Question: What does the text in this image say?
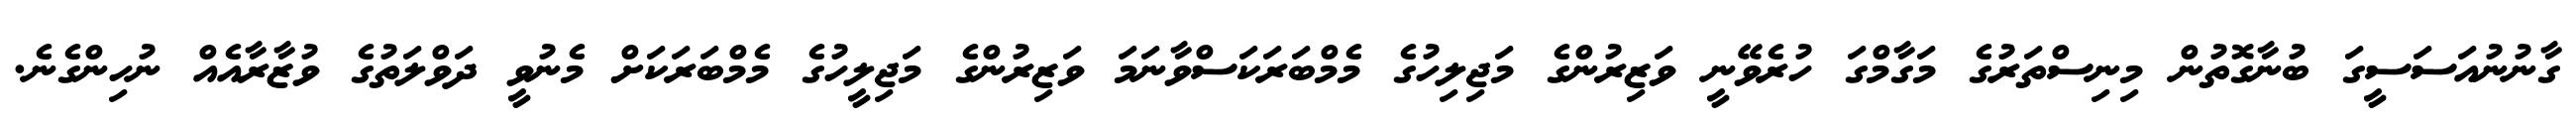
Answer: ގާނުނުއަސަސީގަ ބުނާގޮތުން މިނިސްތަރުގެ މަގާމްގަ ހުރެވޭނީ ވަޒިރުންގެ މަޖިލިހުގެ މެމްބަރަކަސްވާނަމަ ވަޒިރުންގެ މަޖިލީހުގެ މެމްބަރަކަށް މެނުވީ ދަވްލަތުގެ ވުޒާރާއެއް ނުހިންގެނެ.